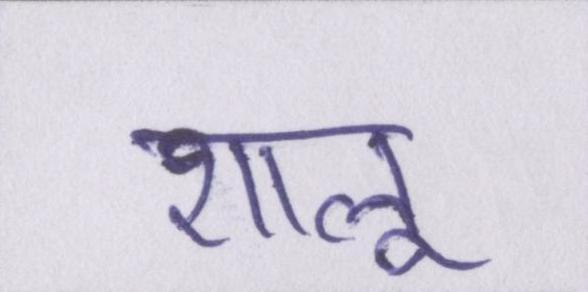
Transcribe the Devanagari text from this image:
शालू